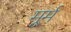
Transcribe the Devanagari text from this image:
मूर्म